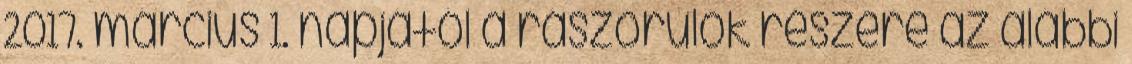
2017. március 1. napjától a rászorulók részére az alábbi